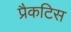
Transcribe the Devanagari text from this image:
प्रैकटिस